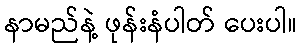
နာမည်နဲ့ ဖုန်းနံပါတ် ပေးပါ။